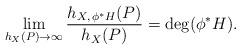
LaTeX: \begin{align*}{} \lim_{h_X(P)\rightarrow\infty}\frac{h_{X,\,\phi^* H}(P)}{h_X(P)}=\deg(\phi^*H). \end{align*}